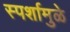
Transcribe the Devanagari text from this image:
स्पर्शामुळे